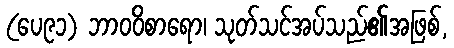
(ပေ၉၁) ဘာဝဝိစာရော၊ သုတ်သင်အပ်သည်၏အဖြစ်,